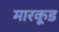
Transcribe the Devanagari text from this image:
मारकूड